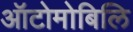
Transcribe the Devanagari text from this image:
ऑटोमोबिलि